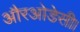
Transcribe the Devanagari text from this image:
औरओडेसी।